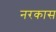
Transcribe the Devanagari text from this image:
नरकास